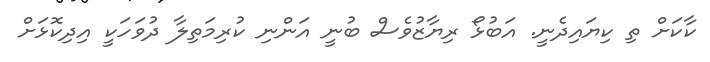
ކާކަށް ތި ކިޔައިދެނީ. އަބުޅޯ ރިޔާޒުވެސް ބުނީ އަންނި ކުރިމަތިލާ ދުވަހަކީ އިދިކޮޅަށް